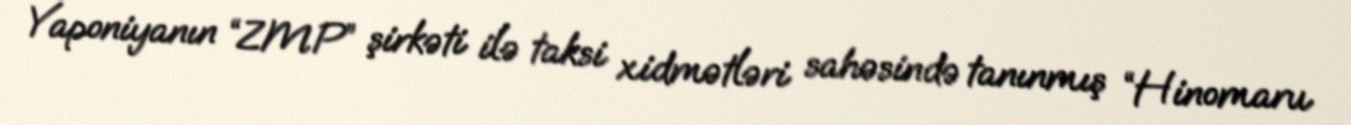
Yaponiyanın “ZMP” şirkəti ilə taksi xidmətləri sahəsində tanınmış “Hinomaru